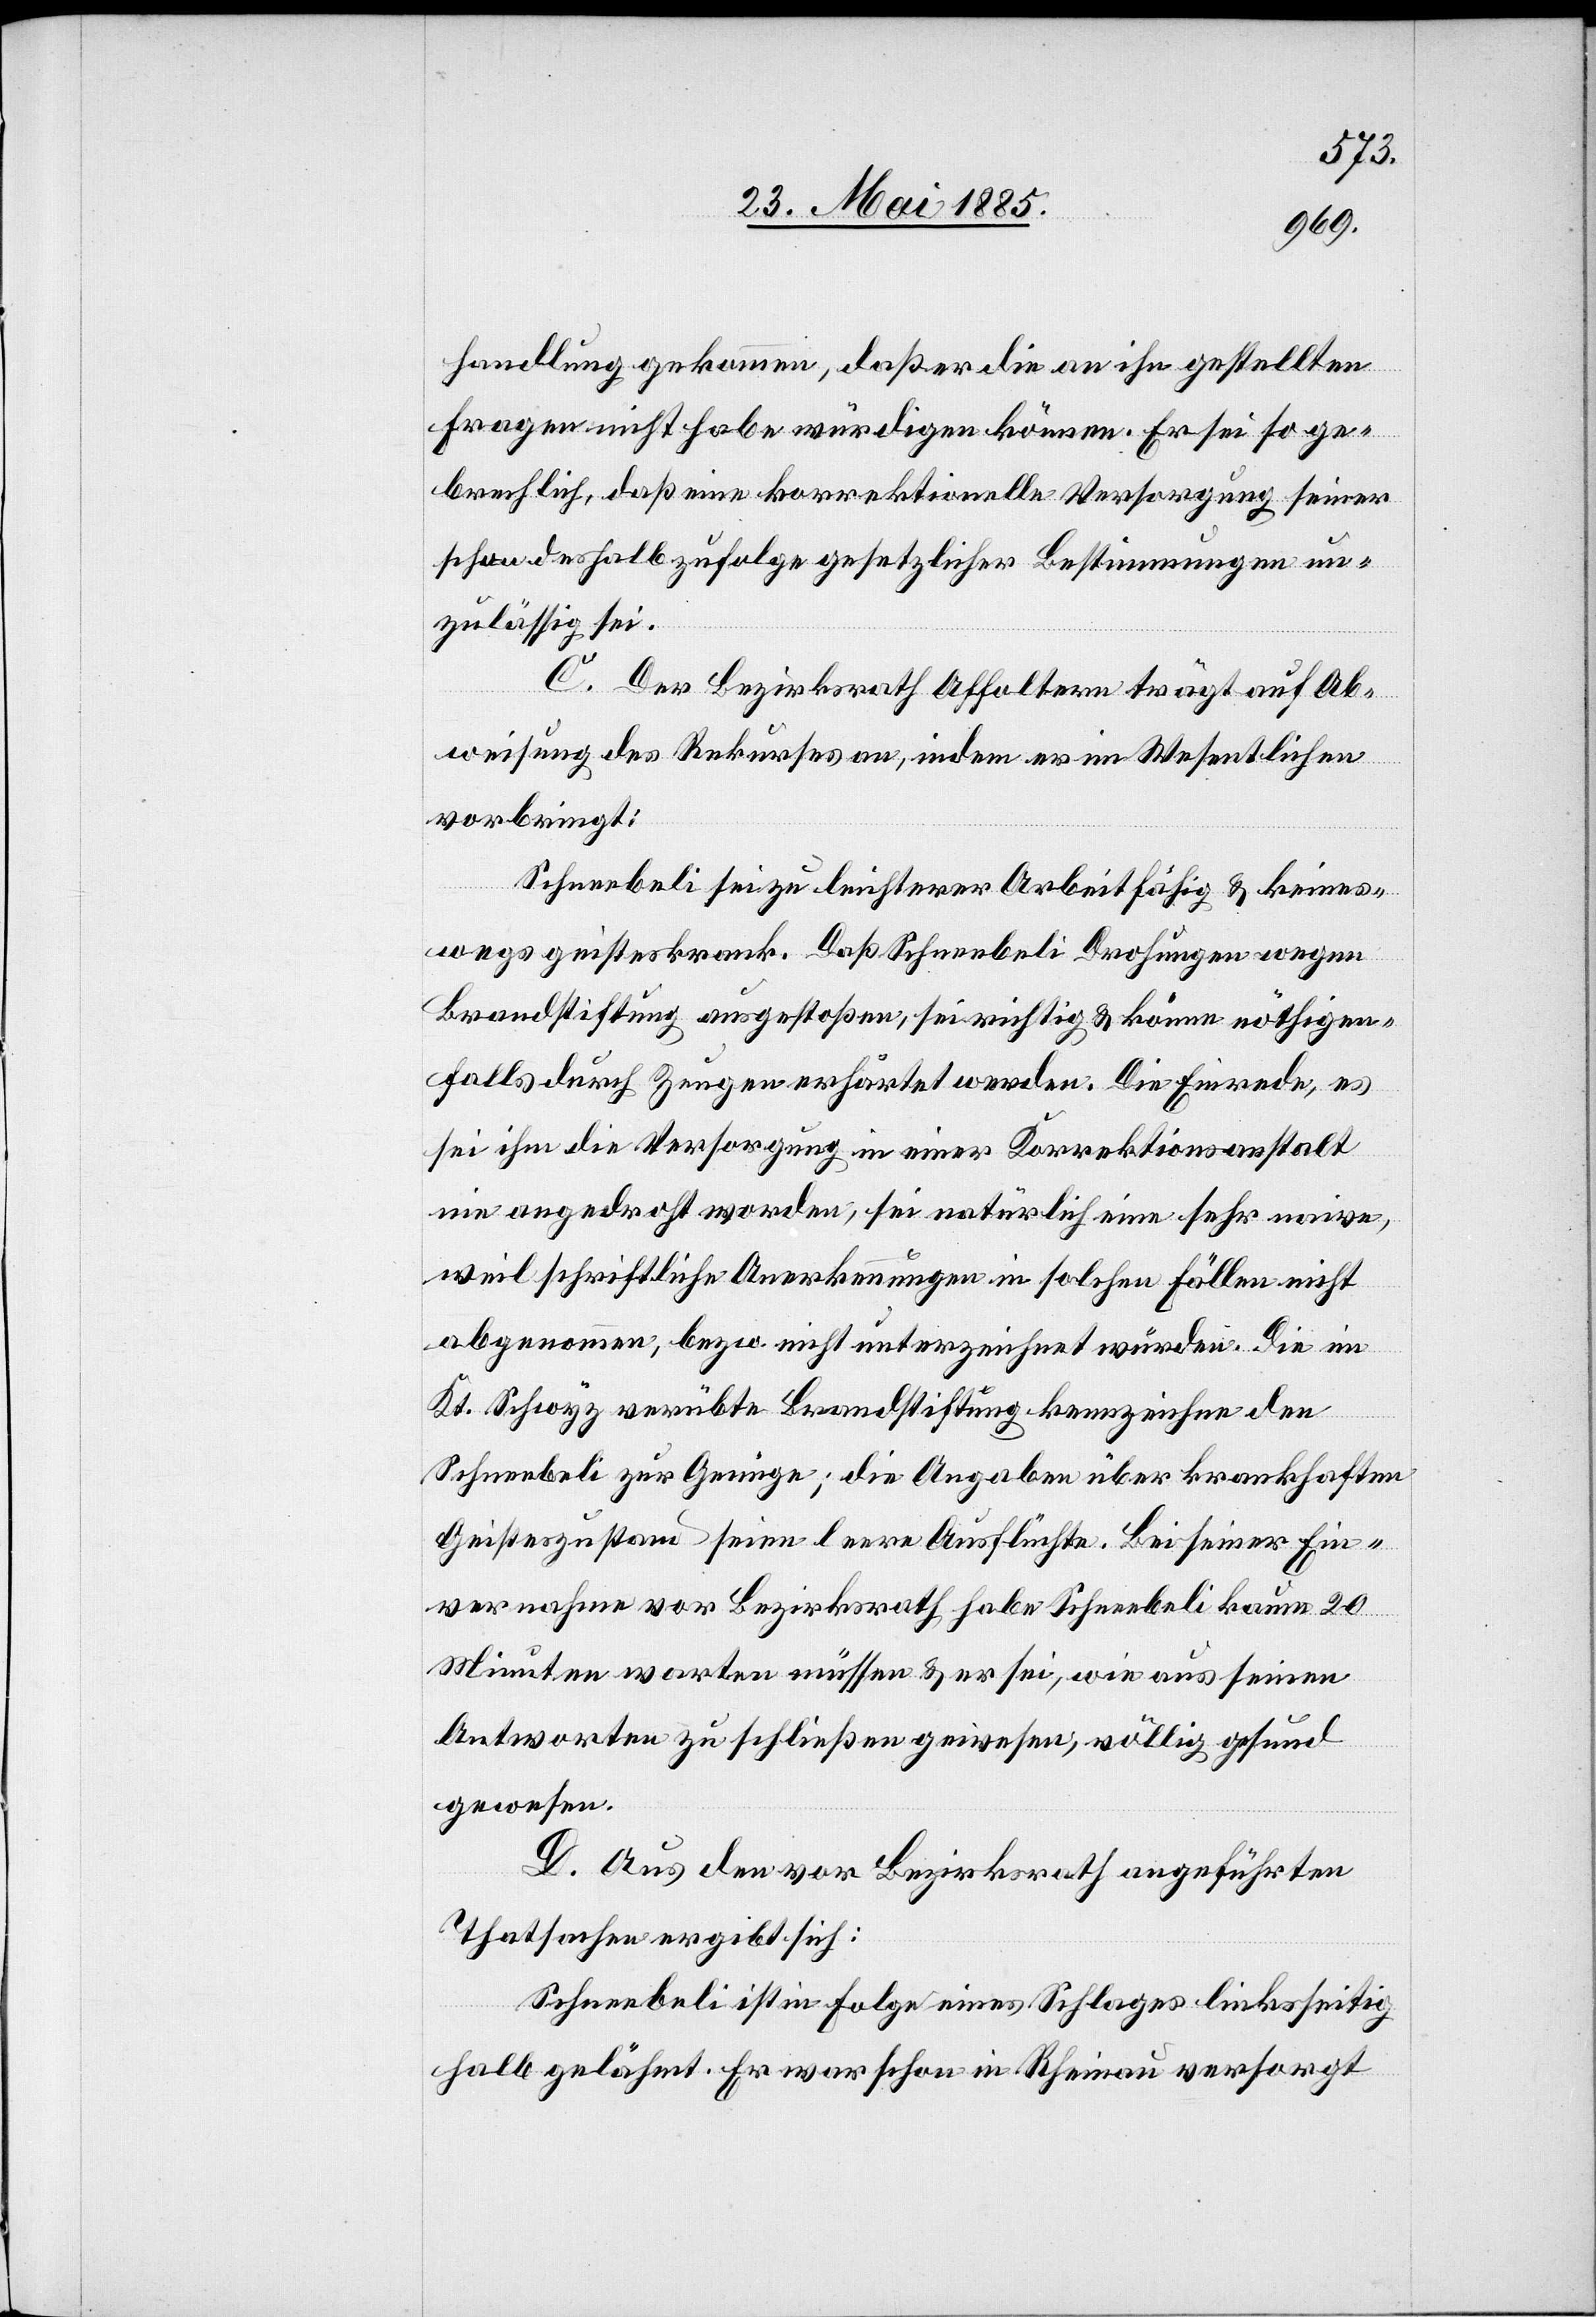
handlung gekommen, daß er die an ihn gestellten
Fragen nicht habe würdigen können. Er sei so ge¬
brechlich, daß eine korrektionelle Versorgung seiner
schon deshalb zufolge gesetzlicher Bestimmungen un¬
zulässig sei.
C. Der Bezirksrath Affoltern trägt auf Ab¬
weisung des Rekurses an, indem er im Wesentlichen
vorbringt:
Schneebeli sei zu leichterer Arbeit fähig & keines¬
wegs geisteskrank. Daß Schneebeli Drohungen wegen
Brandstiftung ausgestoßen, sei richtig & könne nöthigen¬
falls durch Zeugen erhärtet werden. Die Einrede, es
sei ihm die Versorgung in einer Korrektionsanstalt
nie angedroht worden, sei natürlich eine sehr naive,
weil schriftliche Anerkennungen in solchen Fällen nicht
abgenommen, bezw. nicht unterzeichnet würden. Die im
Kt. Schwyz verübte Brandstiftung kennzeichne den
Schneebeli zur Genüge; die Angaben über krankhaften
Geisteszustand seien leere Ausflüchte. Bei seiner Ein¬
vernahme vor Bezirksrath habe Schneebeli kaum 20
Minuten warten müssen & er sei, wie aus seinen
Antworten zu schließen gewesen, völlig gesund
gewesen.
D. Aus den vor Bezirksrath angeführten
Thatsachen ergibt sich:
Schneebeli ist in Folge eines Schlages linksseitig
halb gelähmt. Er war schon in Rheinau versorgt